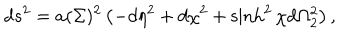
LaTeX: d s ^ { 2 } = a ( \Sigma ) ^ { 2 } \left( - d \eta ^ { 2 } + d \chi ^ { 2 } + \sinh ^ { 2 } \chi d \Omega _ { 2 } ^ { 2 } \right) ,